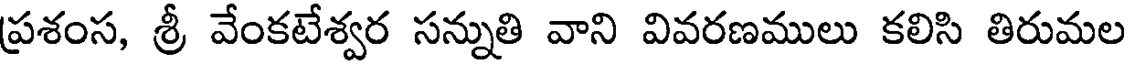
ప్రశంస, శ్రీ వేంకటేశ్వర సన్నుతి వాని వివరణములు కలిసి తిరుమల